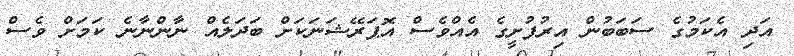
އަދި އެކަމުގެ ސަބަބުން އިރުފުށީގެ އެއްވެސް އޮޕަރޭޝަނަކަށް ބަދަލެއް ނާންނާނެ ކަމަށް ވެސް